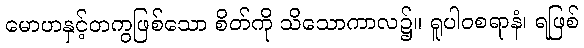
မောဟနှင့်တကွဖြစ်သော စိတ်ကို သိသောကာလ၌။ ရူပါဝစရာနံ၊ ရဖြစ်